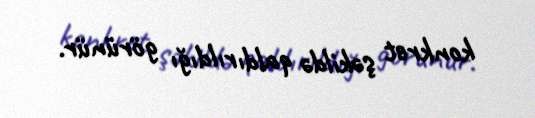
konkret şəkildə qaldırıldığı görünür.